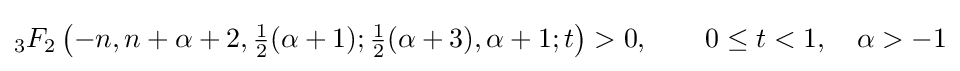
{}_{3}F_{2}\left(-n,n+\alpha +2,{\tfrac {1}{2}}(\alpha +1);{\tfrac {1}{2}}(\alpha +3),\alpha +1;t\right)>0,\qquad 0\leq t<1,\quad \alpha >-1